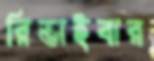
রিভাইবার